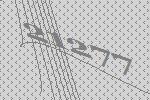
21277